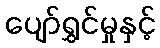
ပျော်ရွှင်မှုနှင့်